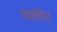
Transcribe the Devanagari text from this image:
यवोंन